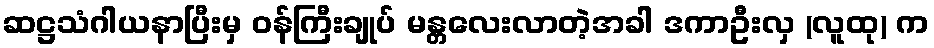
ဆဋ္ဌသံဂါယနာပြီးမှ ဝန်ကြီးချုပ် မန္တလေးလာတဲ့အခါ ဒကာဦးလှ (လူထု) က